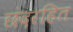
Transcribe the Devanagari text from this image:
छंदरहित